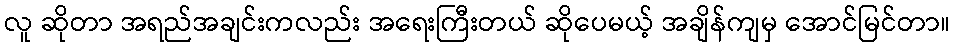
လူ ဆိုတာ အရည်အချင်းကလည်း အရေးကြီးတယ် ဆိုပေမယ့် အချိန်ကျမှ အောင်မြင်တာ။